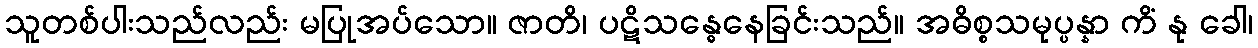
သူတစ်ပါးသည်လည်း မပြုအပ်သော။ ဇာတိ၊ ပဋိသန္ဓေနေခြင်းသည်။ အဓိစ္စသမုပ္ပန္နာ ကိံ နု ခေါ၊